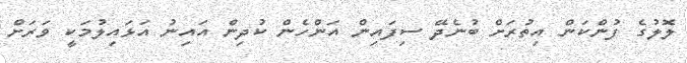
ލޮލުގެ ފުންކަން އިތުރަށް ބުނެދޭ ސިފައިން އަންހެން ކުދިން އައިނު އަޅައިލުމަކީ ވަރަށް